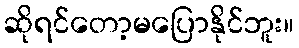
ဆိုရင်တော့မပြောနိုင်ဘူး။